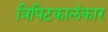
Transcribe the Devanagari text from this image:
त्रिपिटकालंकार